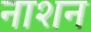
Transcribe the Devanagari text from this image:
नाशन